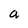
Character: a